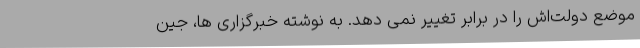
موضع دولت‌اش را در برابر تغییر نمی دهد. به نوشته خبرگزاری ها، جین